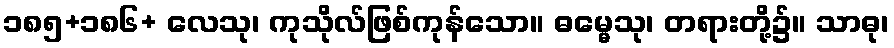
၁၈၅+၁၈၆+ လေသု၊ ကုသိုလ်ဖြစ်ကုန်သော။ ဓမ္မေသု၊ တရားတို့၌။ သာဓု၊